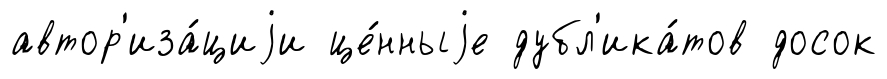
автор'иза́циjи це́нныjе дубл'ика́тов досок